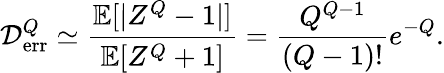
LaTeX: {\cal D}_{\mathrm{err}}^{Q}\simeq\frac{{\mathbb{E}}[|Z^{Q}-1|]}{{\mathbb{E}}[Z^{Q}+1]}=\frac{Q^{Q-1}}{(Q-1)!}e^{-Q}.